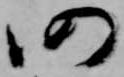
仍